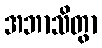
အဘာသိတွာ